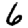
Digit: 6